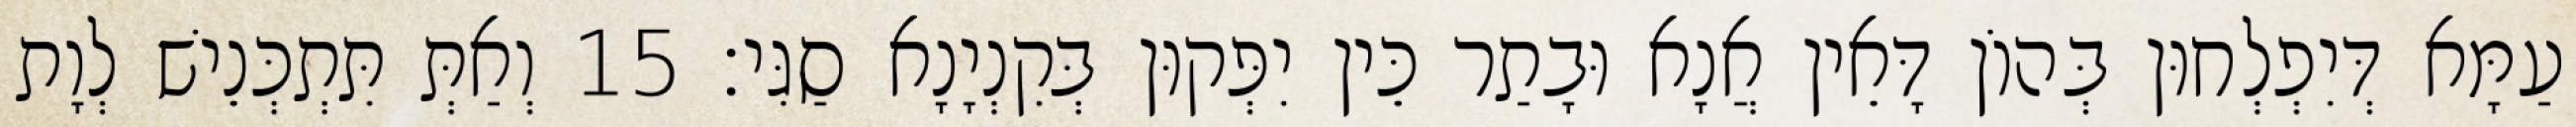
עַמָּא דְּיִפְלְחוּן בְּהוֹן דָּאֵין אֲנָא וּבָתַר כֵּין יִפְּקוּן בְּקִנְיָנָא סַגִּי׃ 15 וְאַתְּ תִּתְכְּנֵישׁ לְוָת